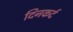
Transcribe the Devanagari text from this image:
दिनकर्द